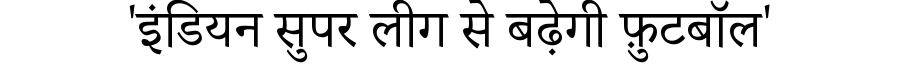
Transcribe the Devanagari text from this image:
'इंडियन सुपर लीग से बढ़ेगी फ़ुटबॉल'